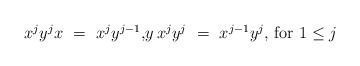
LaTeX: \begin{align*}\begin{minipage}[c]{35pc}$x^j y^j x\ =\ x^j y^{j-1},$$y\,x^j y^j\ =\ x^{j-1} y^j,$ for $1\leq j$\end{minipage}\end{align*}